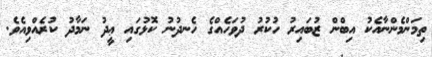
ތިމަންމެންނާއެކު އިބްން ޒުބައިރު ހުކުރު ދުވަހެއްގެ ހެނދުނު ކޮޅުގައި ޢީދު ނަމާދު ކުރެއްވިއެވެ.